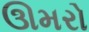
ઊમરો